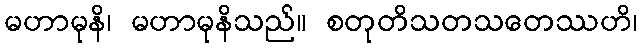
မဟာမုနိ၊ မဟာမုနိသည်။ စတုတိသတသတေဿဟိ၊